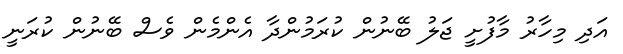
އަދި މިހާރު މާފުށީ ޖަލު ބޭނުން ކުރަމުންދާ އެންމެން ވެސް ބޭނުން ކުރަނީ